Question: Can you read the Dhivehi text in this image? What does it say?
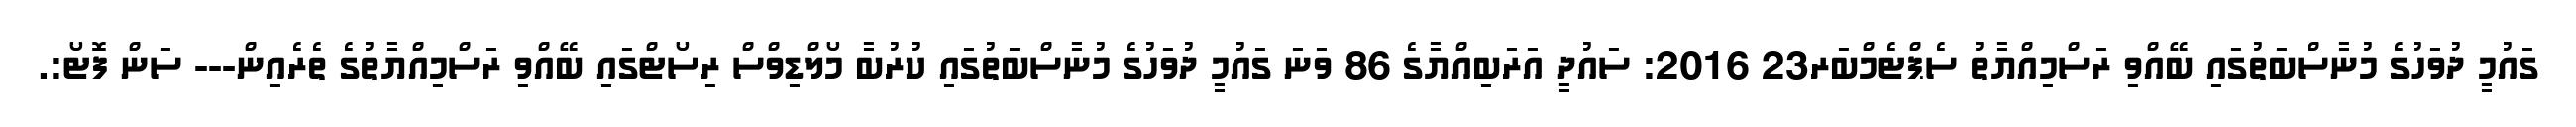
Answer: ގައުމީ ދުވަހުގެ މުނާސްބަތުގައި ބޭއްވި ރަސްމިއްޔާތު ސެޕްޓެމްބަރ23 2016: ސައުދީ އަރަބިއްޔާގެ 86 ވަނަ ގައުމީ ދުވަހުގެ މުނާސްބަތުގައި ކުރުބާ މޯލްޑިވްސް ރިސޯޓްގައި ބޭއްވި ރަސްމިއްޔާތުގެ ތެރެއިން--- ސަން ފޮޓޯ:.